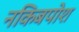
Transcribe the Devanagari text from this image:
नकिबपोश